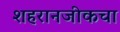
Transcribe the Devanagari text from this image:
शहरानजीकचा